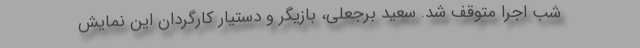
شب اجرا متوقف شد. سعید برجعلی، بازیگر و دستیار کارگردان این نمایش